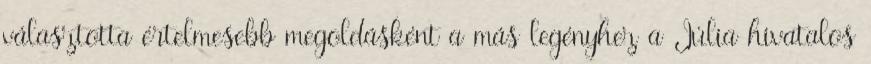
választotta értelmesebb megoldásként a más legényhez a Júlia hivatalos